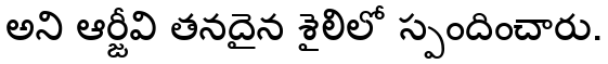
అని ఆర్జీవి తనదైన శైలిలో స్పందించారు.